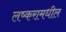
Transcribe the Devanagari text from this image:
लष्करामधील